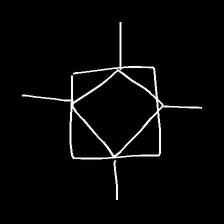
Glyph: light